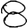
Digit: 8